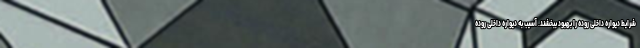
شرایط دیواره داخلی روده را بهبود ببخشند. آسیب به دیواره داخلی روده